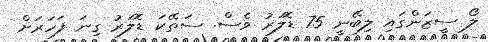
ލޯ ސީޒަންގައި ލިބޭނީ 75 ޑޮލަރު ވެސް. ސަތޭކަ ޑޮލަރު ގިނަ ފަހަރަށް